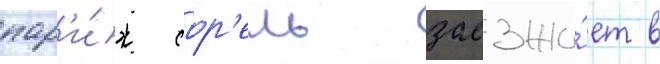
пар'и́ж сор'ель заезжа́ет в